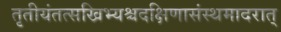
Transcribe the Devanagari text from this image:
तृतीयंतत्सखिभ्यश्चदक्षिणासंस्थमादरात्